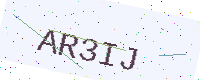
Text: AR3IJ